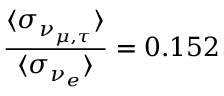
\frac { \langle \sigma _ { \nu _ { \mu , \tau } } \rangle } { \langle \sigma _ { \nu _ { e } } \rangle } = 0 . 1 5 2